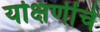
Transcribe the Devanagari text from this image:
यक्षिणींचे